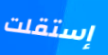
إستقلت